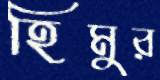
হিমুর